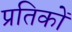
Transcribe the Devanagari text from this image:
प्रतिकों